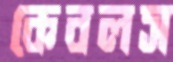
কেবলস